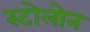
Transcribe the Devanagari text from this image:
स्टोलोन